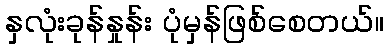
နှလုံးခုန်နှုန်း ပုံမှန်ဖြစ်စေတယ်။